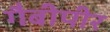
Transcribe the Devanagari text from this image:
गैबीपीर